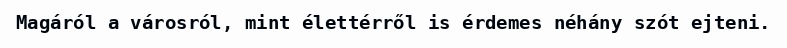
Magáról a városról, mint élettérről is érdemes néhány szót ejteni.